Scottish Leaving Certificate Examination, 1959
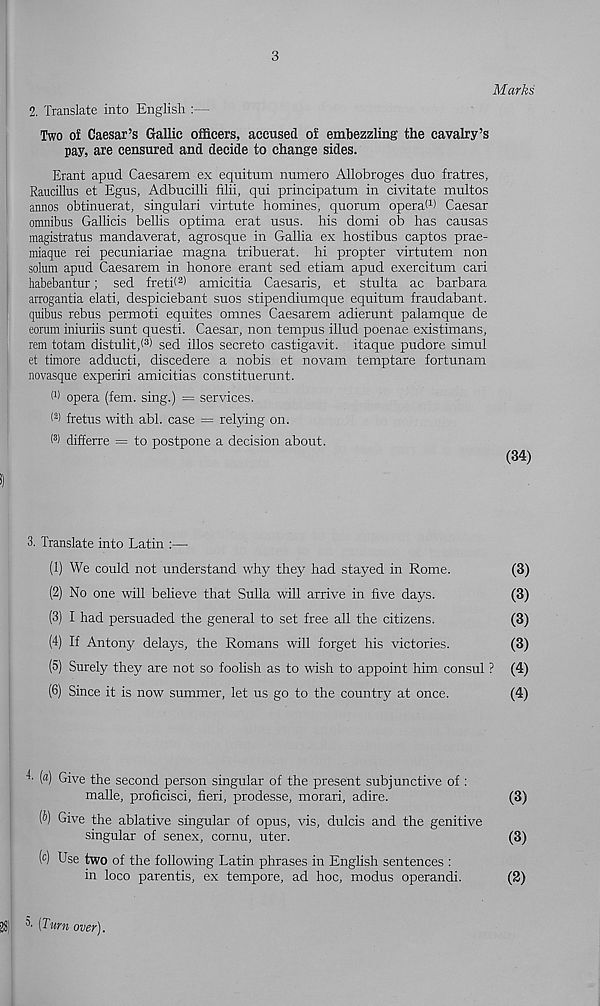
3
Marks
2. Translate into English :—
Two of Caesar’s Gallic officers, accused of embezzling the cavalry’s
pay, are censured and decide to change sides.
Erant apud Caesarem ex equitum numero Allobroges duo fratres,
Raucillus et Egus, Adbucilli filii, qui principatum in civitate multos
annos obtinuerat, singular! virtute homines, quorum operaW Caesar
omnibus Gallicis bellis optima erat usus. his domi ob has causas
magistratus mandaverat, agrosque in Gallia ex hostibus captos prae-
miaque rei pecuniariae magna tribuerat. hi propter virtutem non
solum apud Caesarem in honore erant sed etiam apud exercitum cari
habebantur; sed freti( a > amicitia Caesaris, et stulta ac barbara
arrogantia elati, despiciebant suos stipendiumque equitum fraudabant.
quibus rebus permoti equites omnes Caesarem adierunt palamque de
eorum iniuriis sunt questi. Caesar, non tempus illud poenae existimans,
rem totam distulit,! 3 ) sed illos secreto castigavit. itaque pudore simul
et timore adducti, discedere a nobis et novam temptare fortunam
novasque experiri amicitias constituerunt.
W opera (fern, sing.) = services.
( a ) fretus with abl. case = relying on.
( 3 ) difierre = to postpone a decision about.
(34)
3. Translate into Latin :—
(1) We could not understand why they had stayed in Rome.
(3)
(2) No one will believe that Sulla will arrive in five days.
(3)
(3) I had persuaded the general to set free all the citizens.
(3)
(4) If Antony delays, the Romans will forget his victories.
(3)
(5) Surely they are not so foolish as to wish to appoint him consul ? (4)
(6) Since it is now summer, let us go to the country at once.
(4)
4. (a) Give the second person singular of the present subjunctive of :
malle, proficisci, fieri, prodesse, morari, adire.
(3)
(b) Give the ablative singular of opus, vis, dulcis and the genitive
singular of senex, cornu, uter.
(3)
( c ) Use two of the following Latin phrases in English sentences :
in loco parentis, ex tempore, ad hoc, modus operandi.
(2)
^ (Turn over).